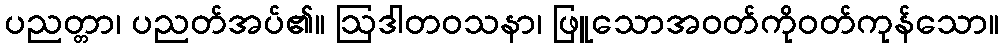
ပညတ္တာ၊ ပညတ်အပ်၏။ ဩဒါတဝသနာ၊ ဖြူသောအဝတ်ကိုဝတ်ကုန်သော။